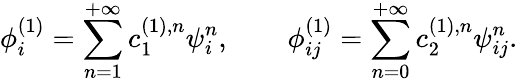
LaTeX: \phi_{i}^{(1)}=\sum_{n=1}^{+\infty}c_{1}^{(1),n}\psi_{i}^{n},\qquad\phi_{ij}^{(1)}=\sum_{n=0}^{+\infty}c_{2}^{(1),n}\psi_{ij}^{n}.